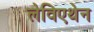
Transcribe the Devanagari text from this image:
लेविएथेन